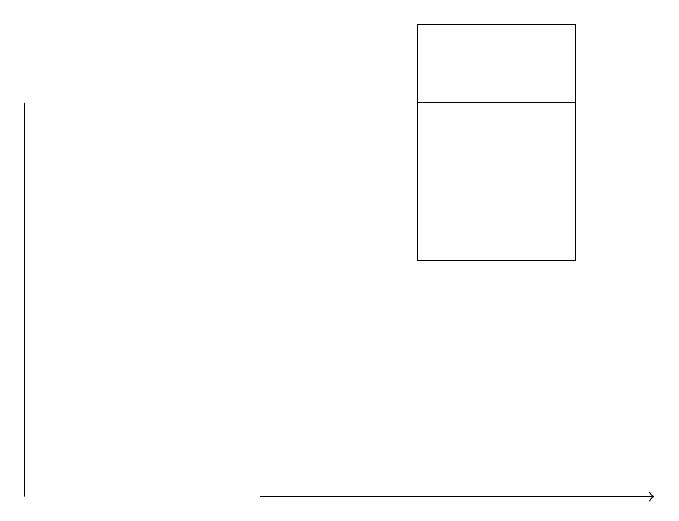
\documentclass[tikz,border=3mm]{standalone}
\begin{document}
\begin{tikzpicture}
\draw (0,10) rectangle (0,15);
\draw (7,15) rectangle (5,15);
\draw[->] (3,10) -- (8,10);
\draw (5,16) rectangle (7,13);
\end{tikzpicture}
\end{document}